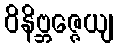
ဝိနိဗ္ဘဇ္ဇေယျ